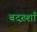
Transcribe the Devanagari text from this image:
बदख़्शाँ